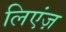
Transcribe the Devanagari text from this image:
लिएंज़